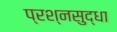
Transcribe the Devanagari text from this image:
प्रश्नसुद्धा